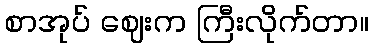
စာအုပ် ဈေးက ကြီးလိုက်တာ။